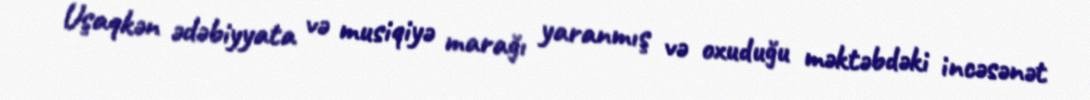
Uşaqkən ədəbiyyata və musiqiyə marağı yaranmış və oxuduğu məktəbdəki incəsənət